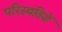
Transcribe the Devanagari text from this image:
परिस्‍थतियों